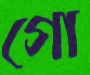
গো